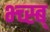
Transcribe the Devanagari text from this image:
भ्च्स्ब्